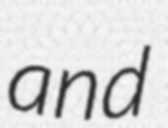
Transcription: and